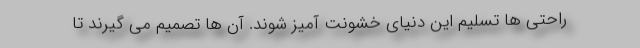
راحتی ها تسلیم این دنیای خشونت آمیز شوند. آن ها تصمیم می گیرند تا